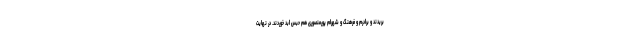
بریدند و برادرم و فرهنگ و شهرام پورمنصوری هم حبس ابد خوردند. در نهایت